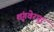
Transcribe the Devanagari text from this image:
शृंगवेरपुर